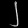
Digit: ၂